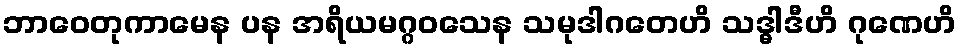
ဘာဝေတုကာမေန ပန အရိယမဂ္ဂဝသေန သမုဒါဂတေဟိ သဒ္ဓါဒီဟိ ဂုဏေဟိ